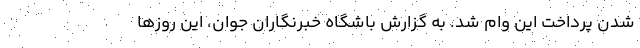
شدن پرداخت این وام شد. به گزارش باشگاه خبرنگاران جوان، این روز‌ها